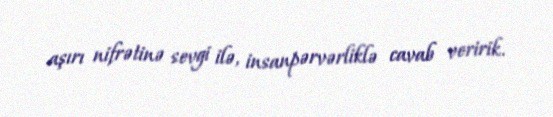
aşırı nifrətinə sevgi ilə, insanpərvərliklə cavab veririk.